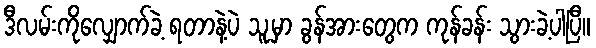
ဒီလမ်းကိုလျှောက်ခဲ့ ရတာနဲ့ပဲ သူ့မှာ ခွန်အားတွေက ကုန်ခန်း သွားခဲ့ပါပြီ။